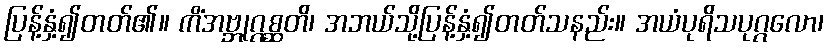
ပြန့်နှံ့၍တတ်၏။ ကိံအဗ္ဘုဂ္ဂစ္ဆတိ၊ အဘယ်သို့ပြန့်နှံ့၍တတ်သနည်း။ အယံပုရိသပုဂ္ဂလော၊